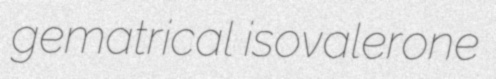
gematrical isovalerone